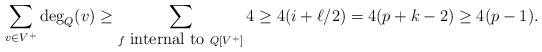
LaTeX: \begin{align*}\sum_{v \in V^+} \mathrm{deg}_Q(v) \ge \sum_{f \mbox{ internal to } Q[V^+]} 4 \ge 4(i+\ell/2) = 4(p+k-2) \ge 4(p-1). \end{align*}